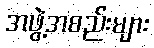
အဖွဲ့အစည်းများ